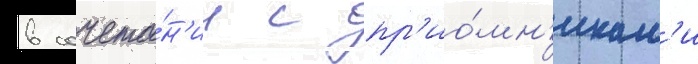
в сочета́н'ии с пр'ио́мн'икам'и